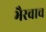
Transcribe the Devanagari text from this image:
भैरवाच